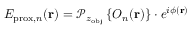
E _ { \mathrm { p r o x } , n } ( \mathbf { r } ) = \mathcal { P } _ { z _ { \mathrm { o b j } } } \left\{ O _ { n } ( \mathbf { r } ) \right\} \cdot e ^ { i \phi ( \mathbf { r } ) }